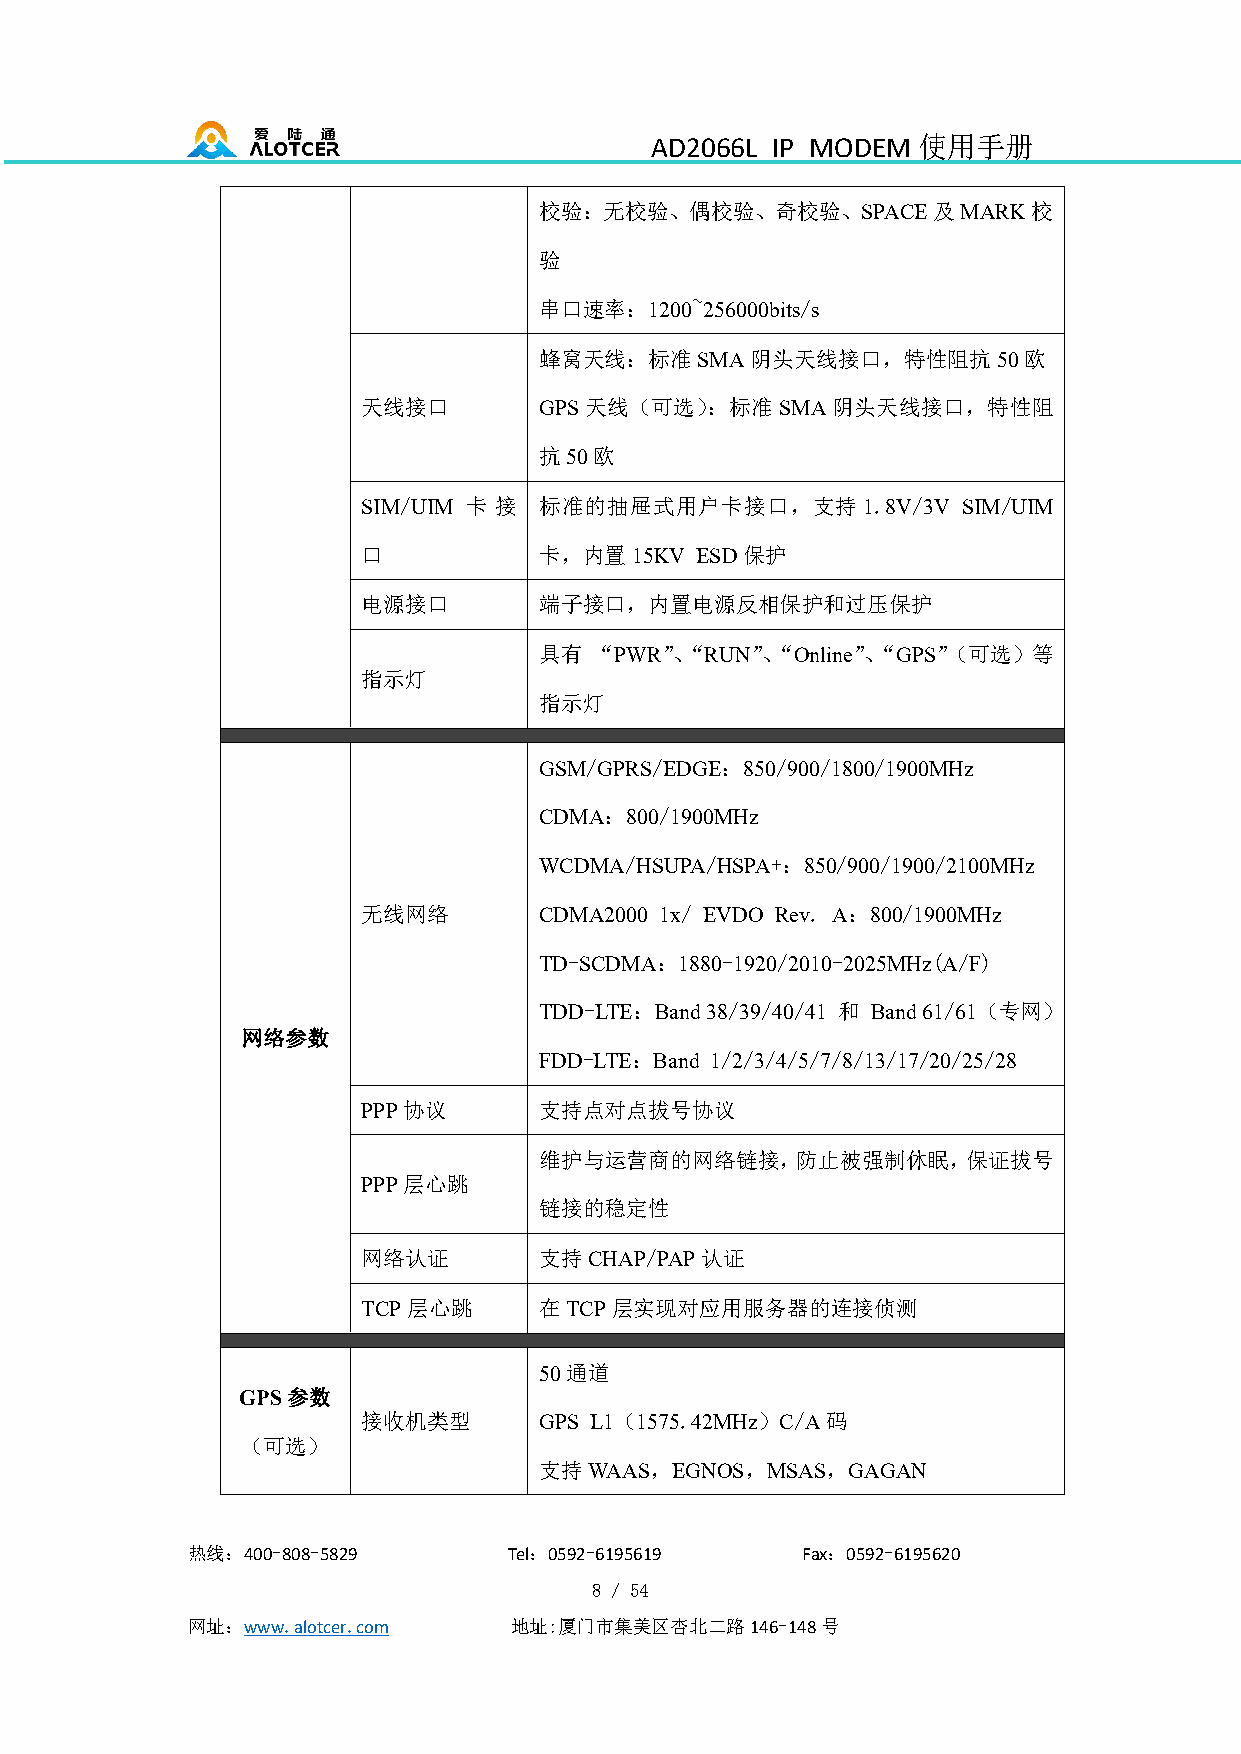
AD2066L IP MODEM  使用手册
 校验：无校验、偶校验、奇校验、SPACE及MARK校
 验
 串口速率：1200~256000bits/s
 蜂窝天线：标准SMA阴头天线接口，特性阻抗50欧
 天线接口        GPS天线（可选）：标准SMA阴头天线接口，特性阻
 抗50欧
 SIM/UIM 卡 接 标准的抽屉式用户卡接口，支持1.8V/3V       SIM/UIM
 口           卡，内置15KV  ESD保护
 电源接口        端子接口，内置电源反相保护和过压保护
 具有 “PWR”、“RUN”、“Online”、“GPS”（可选）等
 指示灯
 指示灯
 GSM/GPRS/EDGE：850/900/1800/1900MHz
 CDMA：800/1900MHz
 WCDMA/HSUPA/HSPA+：850/900/1900/2100MHz
 无线网络        CDMA2000 1x/ EVDO Rev. A：800/1900MHz
 TD-SCDMA：1880-1920/2010-2025MHz(A/F)
 TDD-LTE：Band38/39/40/41 和 Band61/61（专网）
 网络参数
 FDD-LTE：Band 1/2/3/4/5/7/8/13/17/20/25/28
 PPP协议       支持点对点拔号协议
 维护与运营商的网络链接，防止被强制休眠，保证拔号
 PPP层心跳
 链接的稳定性
 网络认证        支持CHAP/PAP认证
 TCP层心跳      在TCP层实现对应用服务器的连接侦测
 50通道
 GPS参数
 接收机类型       GPS L1（1575.42MHz）C/A码
 （可选）
 支持WAAS，EGNOS，MSAS，GAGAN
 热线：400-808-5829       Tel：0592-6195619   Fax：0592-6195620
 8 / 54
 网址：www.alotcer.com    地址:厦门市集美区杏北二路146-148号